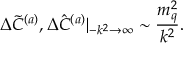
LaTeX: \Delta \tilde { C } ^ { ( a ) } , \Delta \hat { C } ^ { ( a ) } | \mathstrut _ { - k ^ { 2 } \rightarrow \infty } \sim \frac { m _ { q } ^ { 2 } } { k ^ { 2 } } .